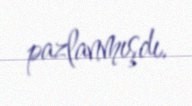
pazlanmışdı.